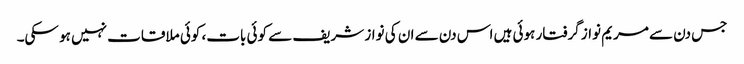
جس دن سے مریم نواز گرفتار ہوئی ہیں اس دن سے ان کی نواز شریف سے کوئی بات، کوئی ملاقات نہیں ہو سکی۔